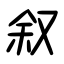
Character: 叙